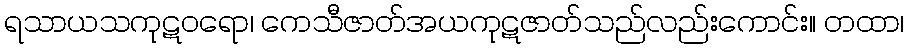
ရသာယသကုဋဝရော၊ ကေသီဇာတ်အယကုဋဇာတ်သည်လည်းကောင်း။ တထာ၊